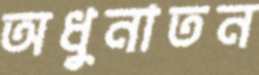
অধুনাতন